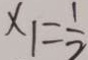
x _ { 1 } = \frac { 1 } { 2 }